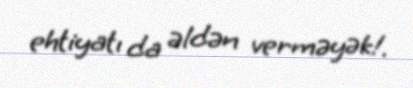
ehtiyatı da əldən verməyək!.